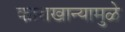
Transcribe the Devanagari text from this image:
काराखान्यामुळे